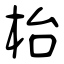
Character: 枱